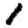
Digit: 1